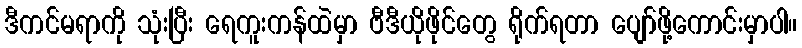
ဒီကင်မရာကို သုံးပြီး ရေကူးကန်ထဲမှာ ဗီဒီယိုဖိုင်တွေ ရိုက်ရတာ ပျော်ဖို့ကောင်းမှာပါ။